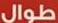
طوال